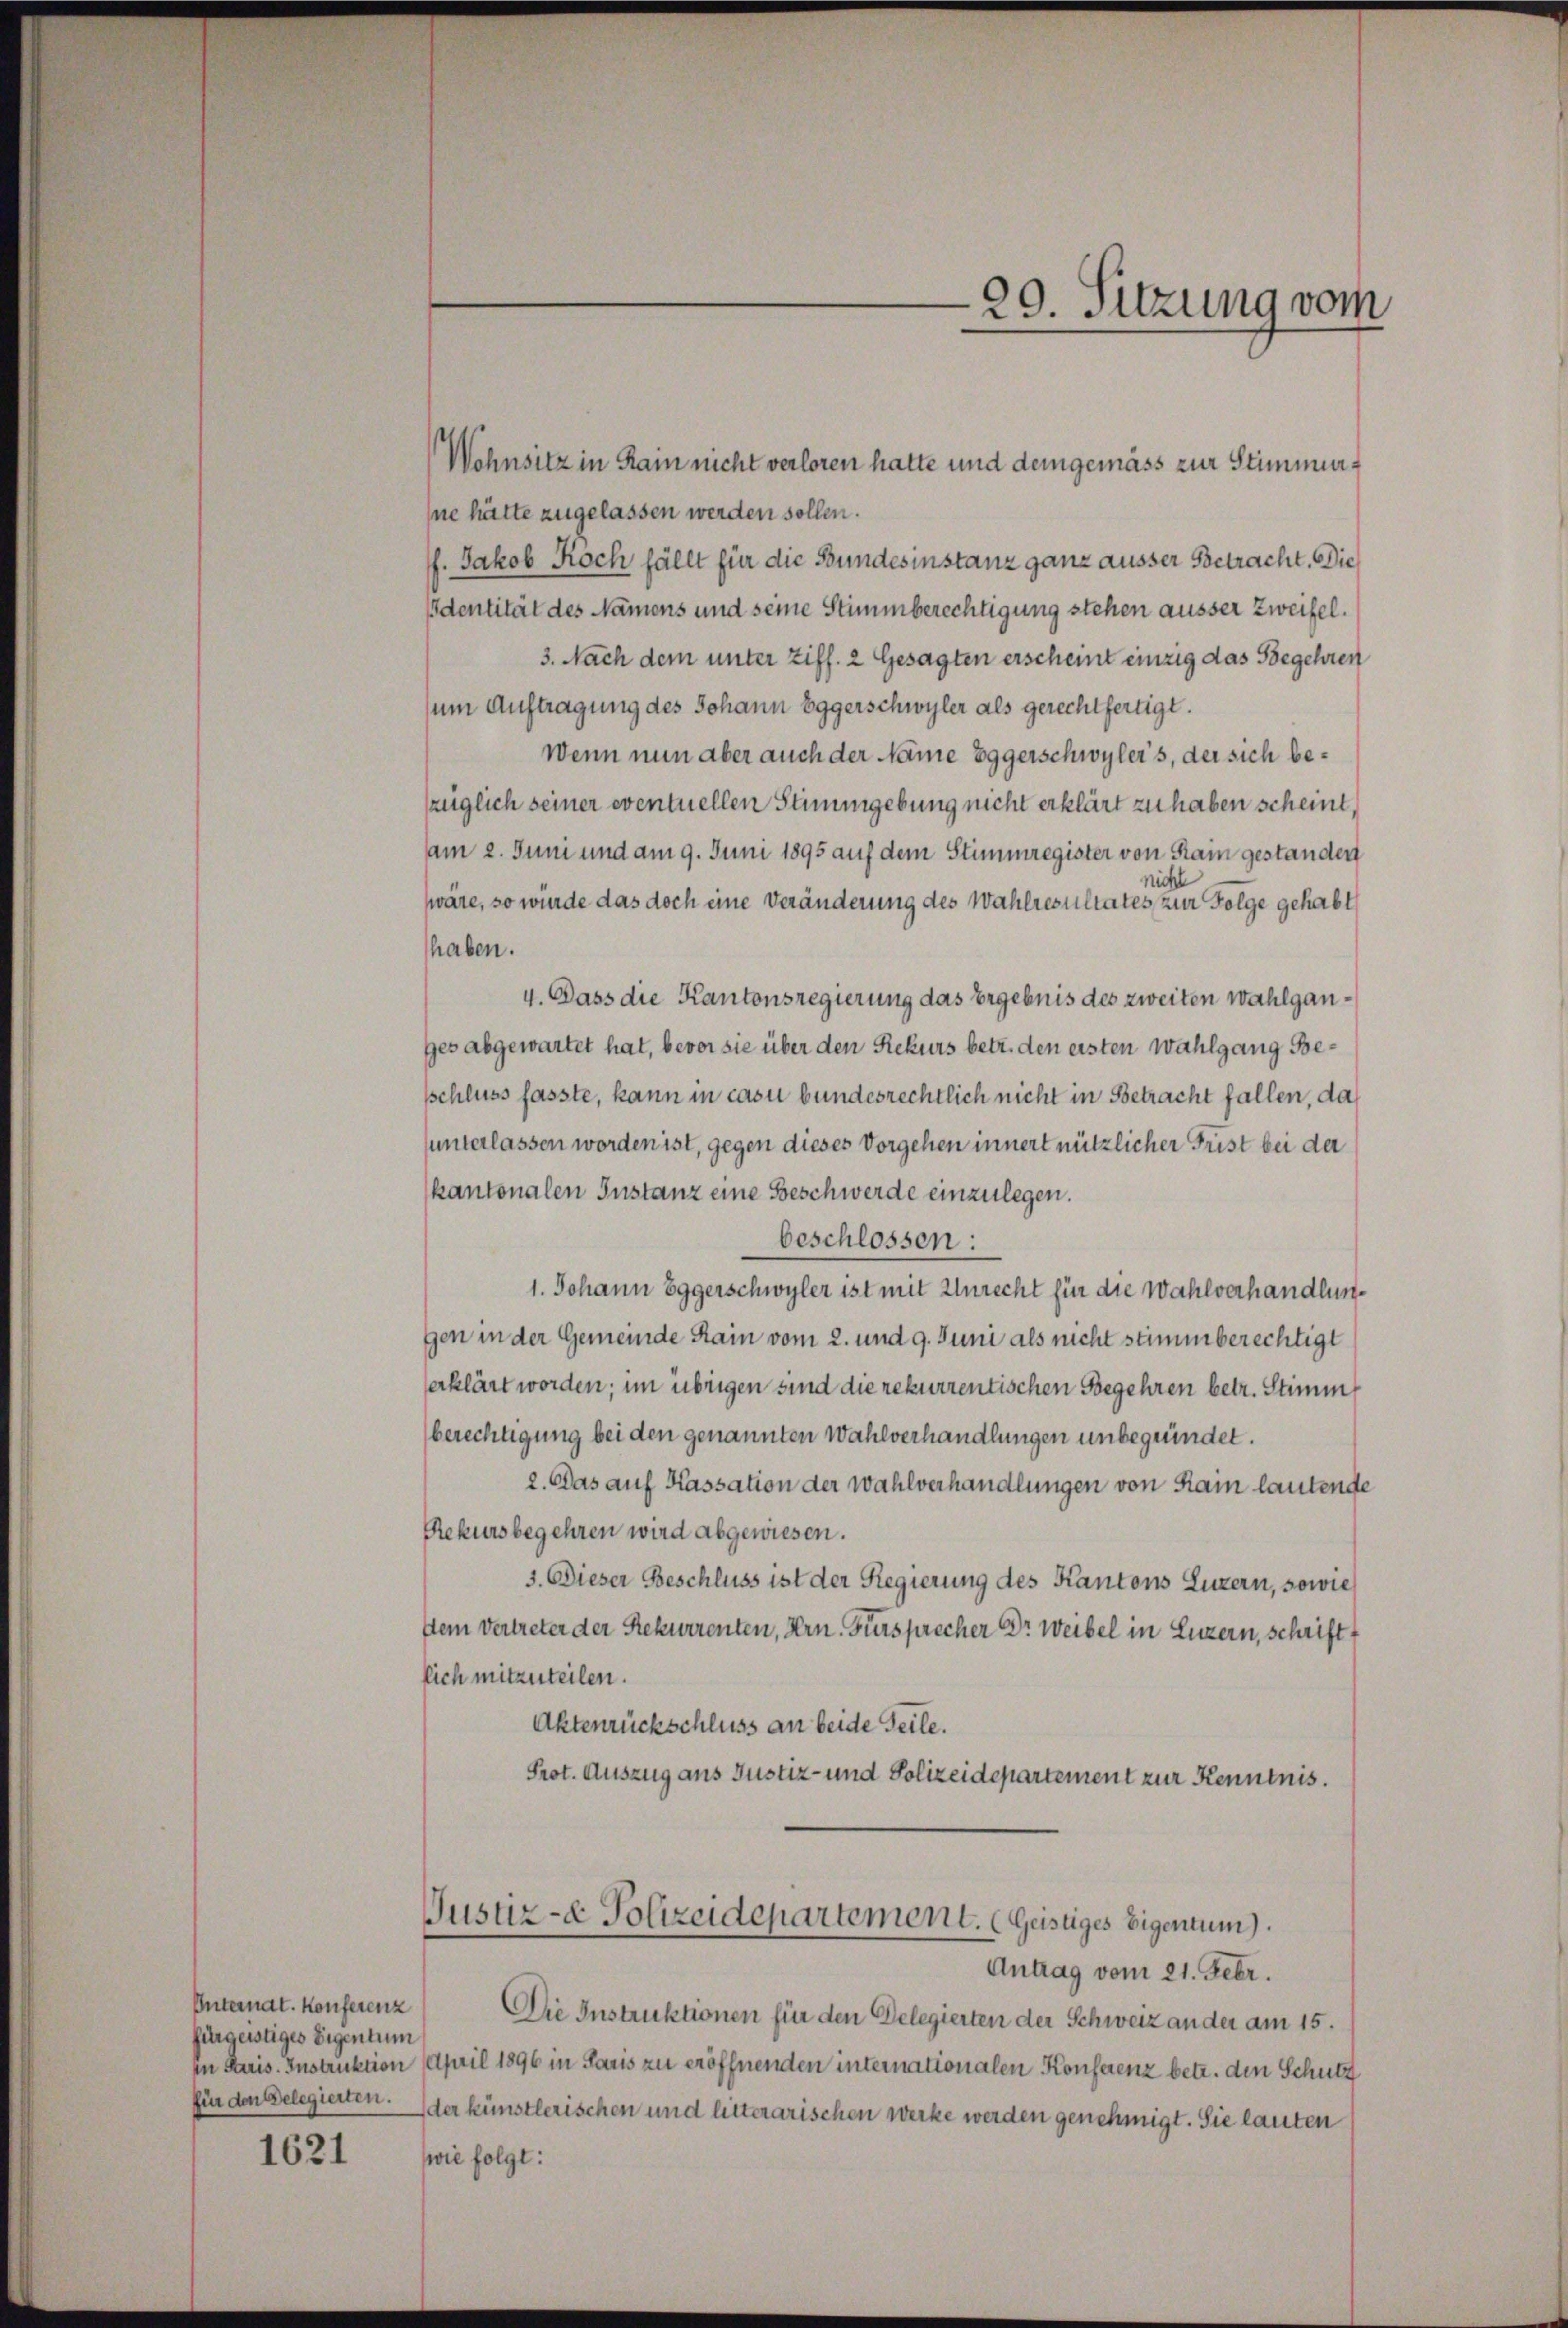
Unternat. Konferenz
fürgerstiges Eigentum

1621

Wohnsitz in Rain nicht verloren hatte und demgemäss zur Stimmung
sne hätte zugelassen werden sollen.
f. Jakob Roch fällt für die Bundesinstanz ganz äusser Betracht. Die
Identität des Namens und seine Stimmberechtigung stehen äusser Zweifel.
3. Nach dem unter Ziff. 2 Gesagten erscheint einzig das Begehren
zum Auftragung des Johann Eggerschwyler als gerechtfertigt.
Wenn nun aber auch der Name Eggerschwyler's, der sich bezüglich seiner eventuellen Stimmgebung nicht erklärt zu haben scheint,
am 2. Juni und am 9. Juni 1895 auf dem Stimmregister von Rain gestanden
nicht
wäre, so würde das doch eine Veränderung des Wahlresultates, zur Folge gehabt
haben.
4. Dass die Kantonsregierung das Ergebnis des zweiten Wahlganges abgewartet hat, bevor sie über den Rekurs betr. den ersten Wahlgang Besschluss fasste, kann in casu bundesrechtlich nicht in Betracht fallen, das
sunterlassen worden ist, gegen dieses Vorgehen innert nützlicher Frist bei der
kantonalen Instanz eine Beschwerde einzulegen.
beschlossen:
1. Johann Eggerschwyler ist mit Unrecht für die Wahlverhandlungen in der Gemeinde Rain vom 2. und 9. Juni als nicht stimmberechtigt
erklärt worden; im übrigen sind die rekurrentischen Begehren betr. Stimm
berechtigung bei den genannten Wahlverhandlungen unbegründet.
2. Das auf Kassation der Wahlverhandlungen von Rain lautende
Rekursbegehren wird abgewiesen.
3. Dieser Beschluss ist der Regierung des Kantons Luzern, sowie
Dem Vertreter der Rekurrenten, Hrn. Fürsprecher Dr Weibel in Luzern, schrift
lich mitzuteilen.
Aktenrückschluss an beide Teile.
Prot. Auszug aus Justiz- und Polizeidepartement zur Kenntnis.
Justiz- & Polizeidepartement. (Geistiges Eigentum).
Antrag vom 21. Febr.
Die Instruktionen für den Delegierten der Schweiz an der am 15.
in Paris. Instruktion April 1896 in Paris zu eröffnenden internationalen Konferenz betr. den Schutz
für den Belegierten. der künstlerischen und litterarischen werke werden genehmigt. Sie lauten
wie folgt:

99. Sitzung vom